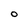
Character: O